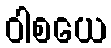
ဝါစယေ